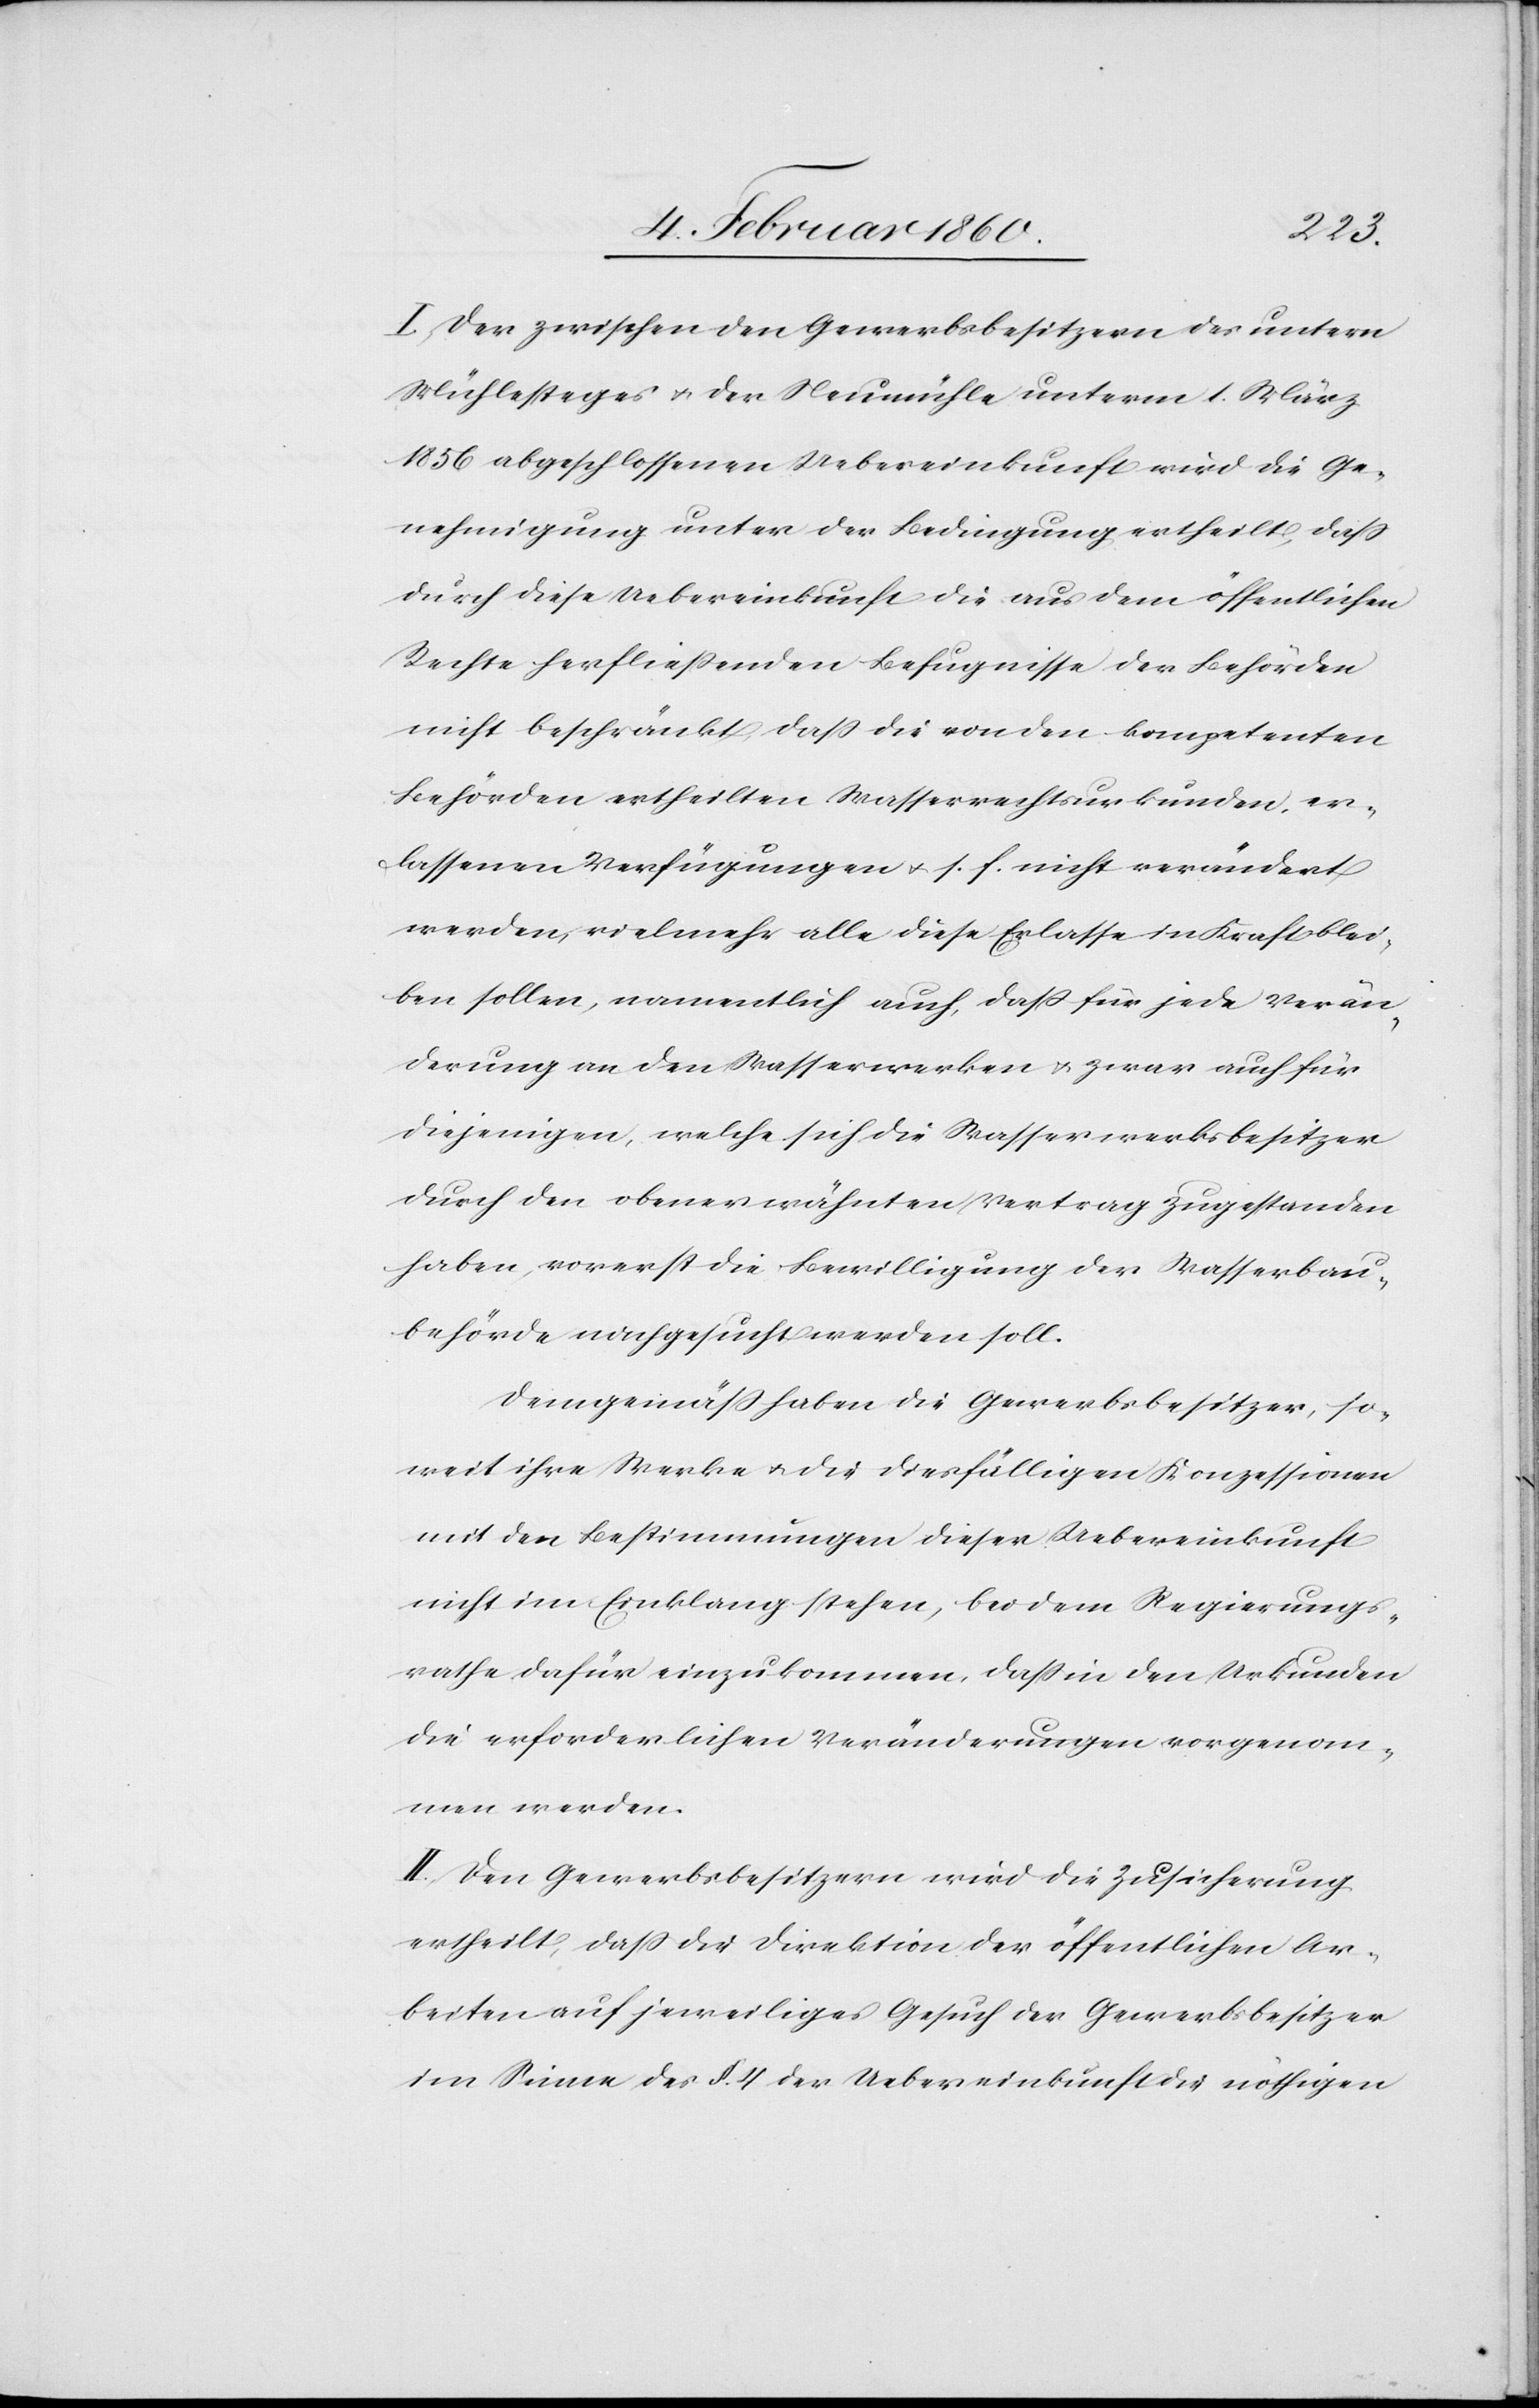
I. Der zwischen den Gewerbsbesitzern des untern
Mühlesteges u. der Neumühle unterm 1. März
1856 abgeschlossenen Uebereinkunft wird die Ge¬
nehmigung unter der Bedingung ertheilt, dass
durch diese Uebereinkunft die aus dem öffentlichen
Rechte herfliessenden Befugnisse der Behörden
nicht beschränkt, dass die von den kompetenten
Behörden ertheilten Wasserrechtsurkunden er¬
lassenen Verfügungen u. s. f. nicht verändert
werden, vielmehr alle diese Erlasse in Kraft blei¬
ben sollen, namentlich auch, dass für jede Verän¬
derung an den Wasserwerken u. zwar auch für
diejenigen, welche sich die Wasserwerksbesitzer
durch den obenerwähnten Vertrag zugestanden
haben, vorerst die Bewilligung der Wasserbau¬
behörde nachgesucht werden soll.
Demgemäß haben die Gewerbsbesitzer, so¬
weit ihre Werke u. die diesfälligen Konzessionen
mit den Bestimmungen dieser Uebereinkunft
nicht im Einklang stehen, bei dem Regierungs¬
rathe dafür einzukommen, dass in den Urkunden
die erforderlichen Veränderungen vorgenom¬
men werden.
II. Den Gewerbsbesitzern wird die Zusicherung
ertheilt, dass die Direktion der öffentlichen Ar¬
beiten auf jeweiliges Gesuch der Gewerbsbesitzer
im Sinne des §. 4. der Uebereinkunft die nöthigen